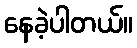
နေခဲ့ပါတယ်။